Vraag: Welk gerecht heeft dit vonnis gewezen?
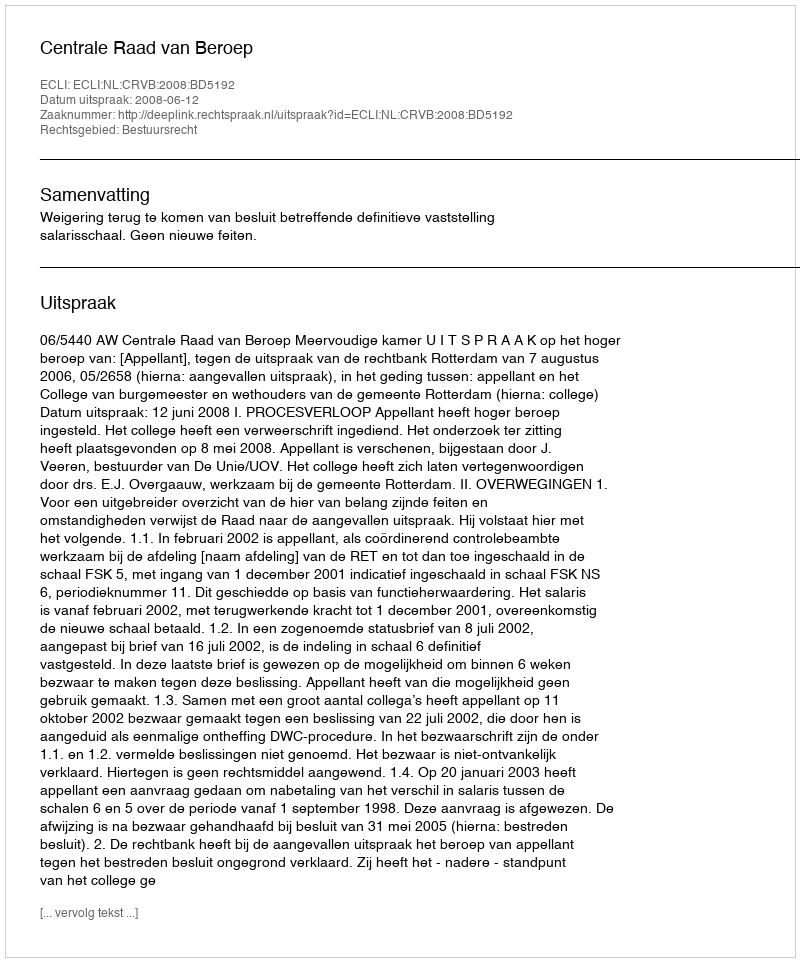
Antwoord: Centrale Raad van Beroep